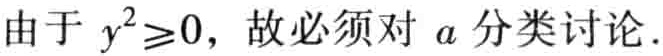
由于 \(y^{2}\geq0\)，故必须对 \(a\) 分类讨论.